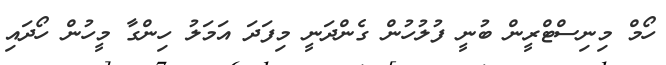
ހޯމް މިނިސްޓްރީން ބުނީ ފުލުހުން ގެންދަނީ މިފަދަ އަމަލު ހިންގާ މީހުން ހޯދައި